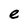
Character: e